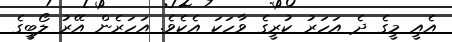
އެއީ މީގެ ދެ އަހަރު ކުރީގެ ވާހަކަ އެކެވެ. އަހަރެން އޭރު ލޯބީގެ